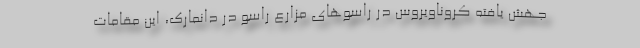
جهش یافته کروناویروس در راسوهای مزارع راسو در دانمارک، این مقامات